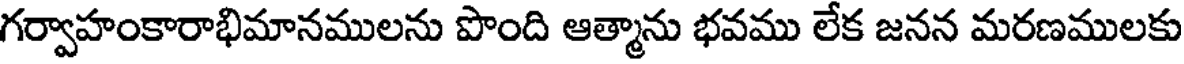
గర్వాహంకారాభిమానములను పొంది ఆత్మాను భవము లేక జనన మరణములకు